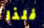
فلذا